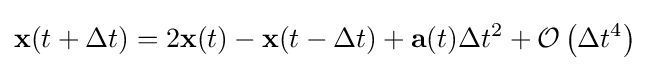
\mathbf {x} (t+\Delta t)=2\mathbf {x} (t)-\mathbf {x} (t-\Delta t)+\mathbf {a} (t)\Delta t^{2}+{\mathcal {O}}\left(\Delta t^{4}\right)